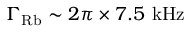
\Gamma _ { \mathrm { R b } } \sim 2 \pi \times 7 . 5 ~ \mathrm { k H z }